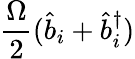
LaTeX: \frac{\Omega}{2}(\hat{b}_{i}+\hat{b}_{i}^{\dagger})